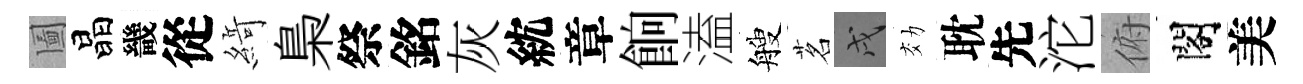
圗晶畿從𦂶梟祭銘灰紞章餉溘艘茗戌効耽先沱俯閣美